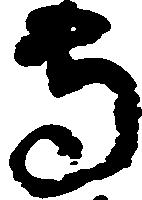
守